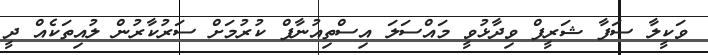
ވަކީލާ ސަފާ ޝަރީފް ވިދާޅުވީ މައްސަލަ އިސްތިއުނާފް ކުރުމަށް ސަރުކާރުން ލުއިތަކެއް ދީ